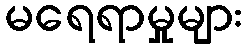
မရေရာမှုများ